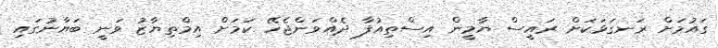
ގައުމަށް ރަނގަޅަކަށް ރައީސް ޔާމީން އިސްތިއުފާ ދެއްވަންޖެހޭ ކަމަށް އިމްތިޔާޒު ވަނީ ބަޔާނުގައި